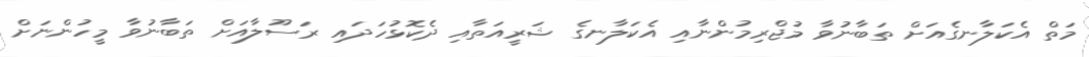
މަތް އެކަލާނގެއަށް ތަބާނުވާ މުޖްރިމުންނާއި އެކަލާނގެ ޝަރީއަތާއި ދެކޮޅުހަދައި ރަސޫލާއަށް ތަބާނުވާ މީހުންނަށް